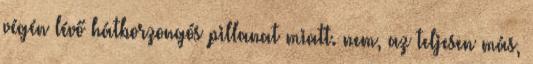
végén lévő hátborzongós pillanat miatt. nem, az teljesen más,